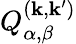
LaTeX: Q_{\alpha,\beta}^{(\mathbf{k},\mathbf{k}^{\prime})}